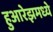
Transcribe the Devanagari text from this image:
हुआरेझमध्ये